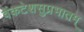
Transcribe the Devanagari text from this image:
वेंकटेशसुप्रभातम्